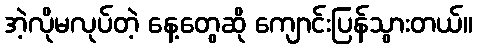
အဲ့လိုမလုပ်တဲ့ နေ့တွေဆို ကျောင်းပြန်သွားတယ်။